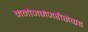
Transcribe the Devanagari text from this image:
मनोजमंजरीसंग्रह